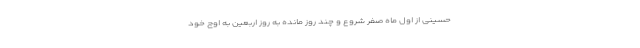
حسینی از اول ماه صفر شروع و چند روز مانده به روز اربعین به اوج خود